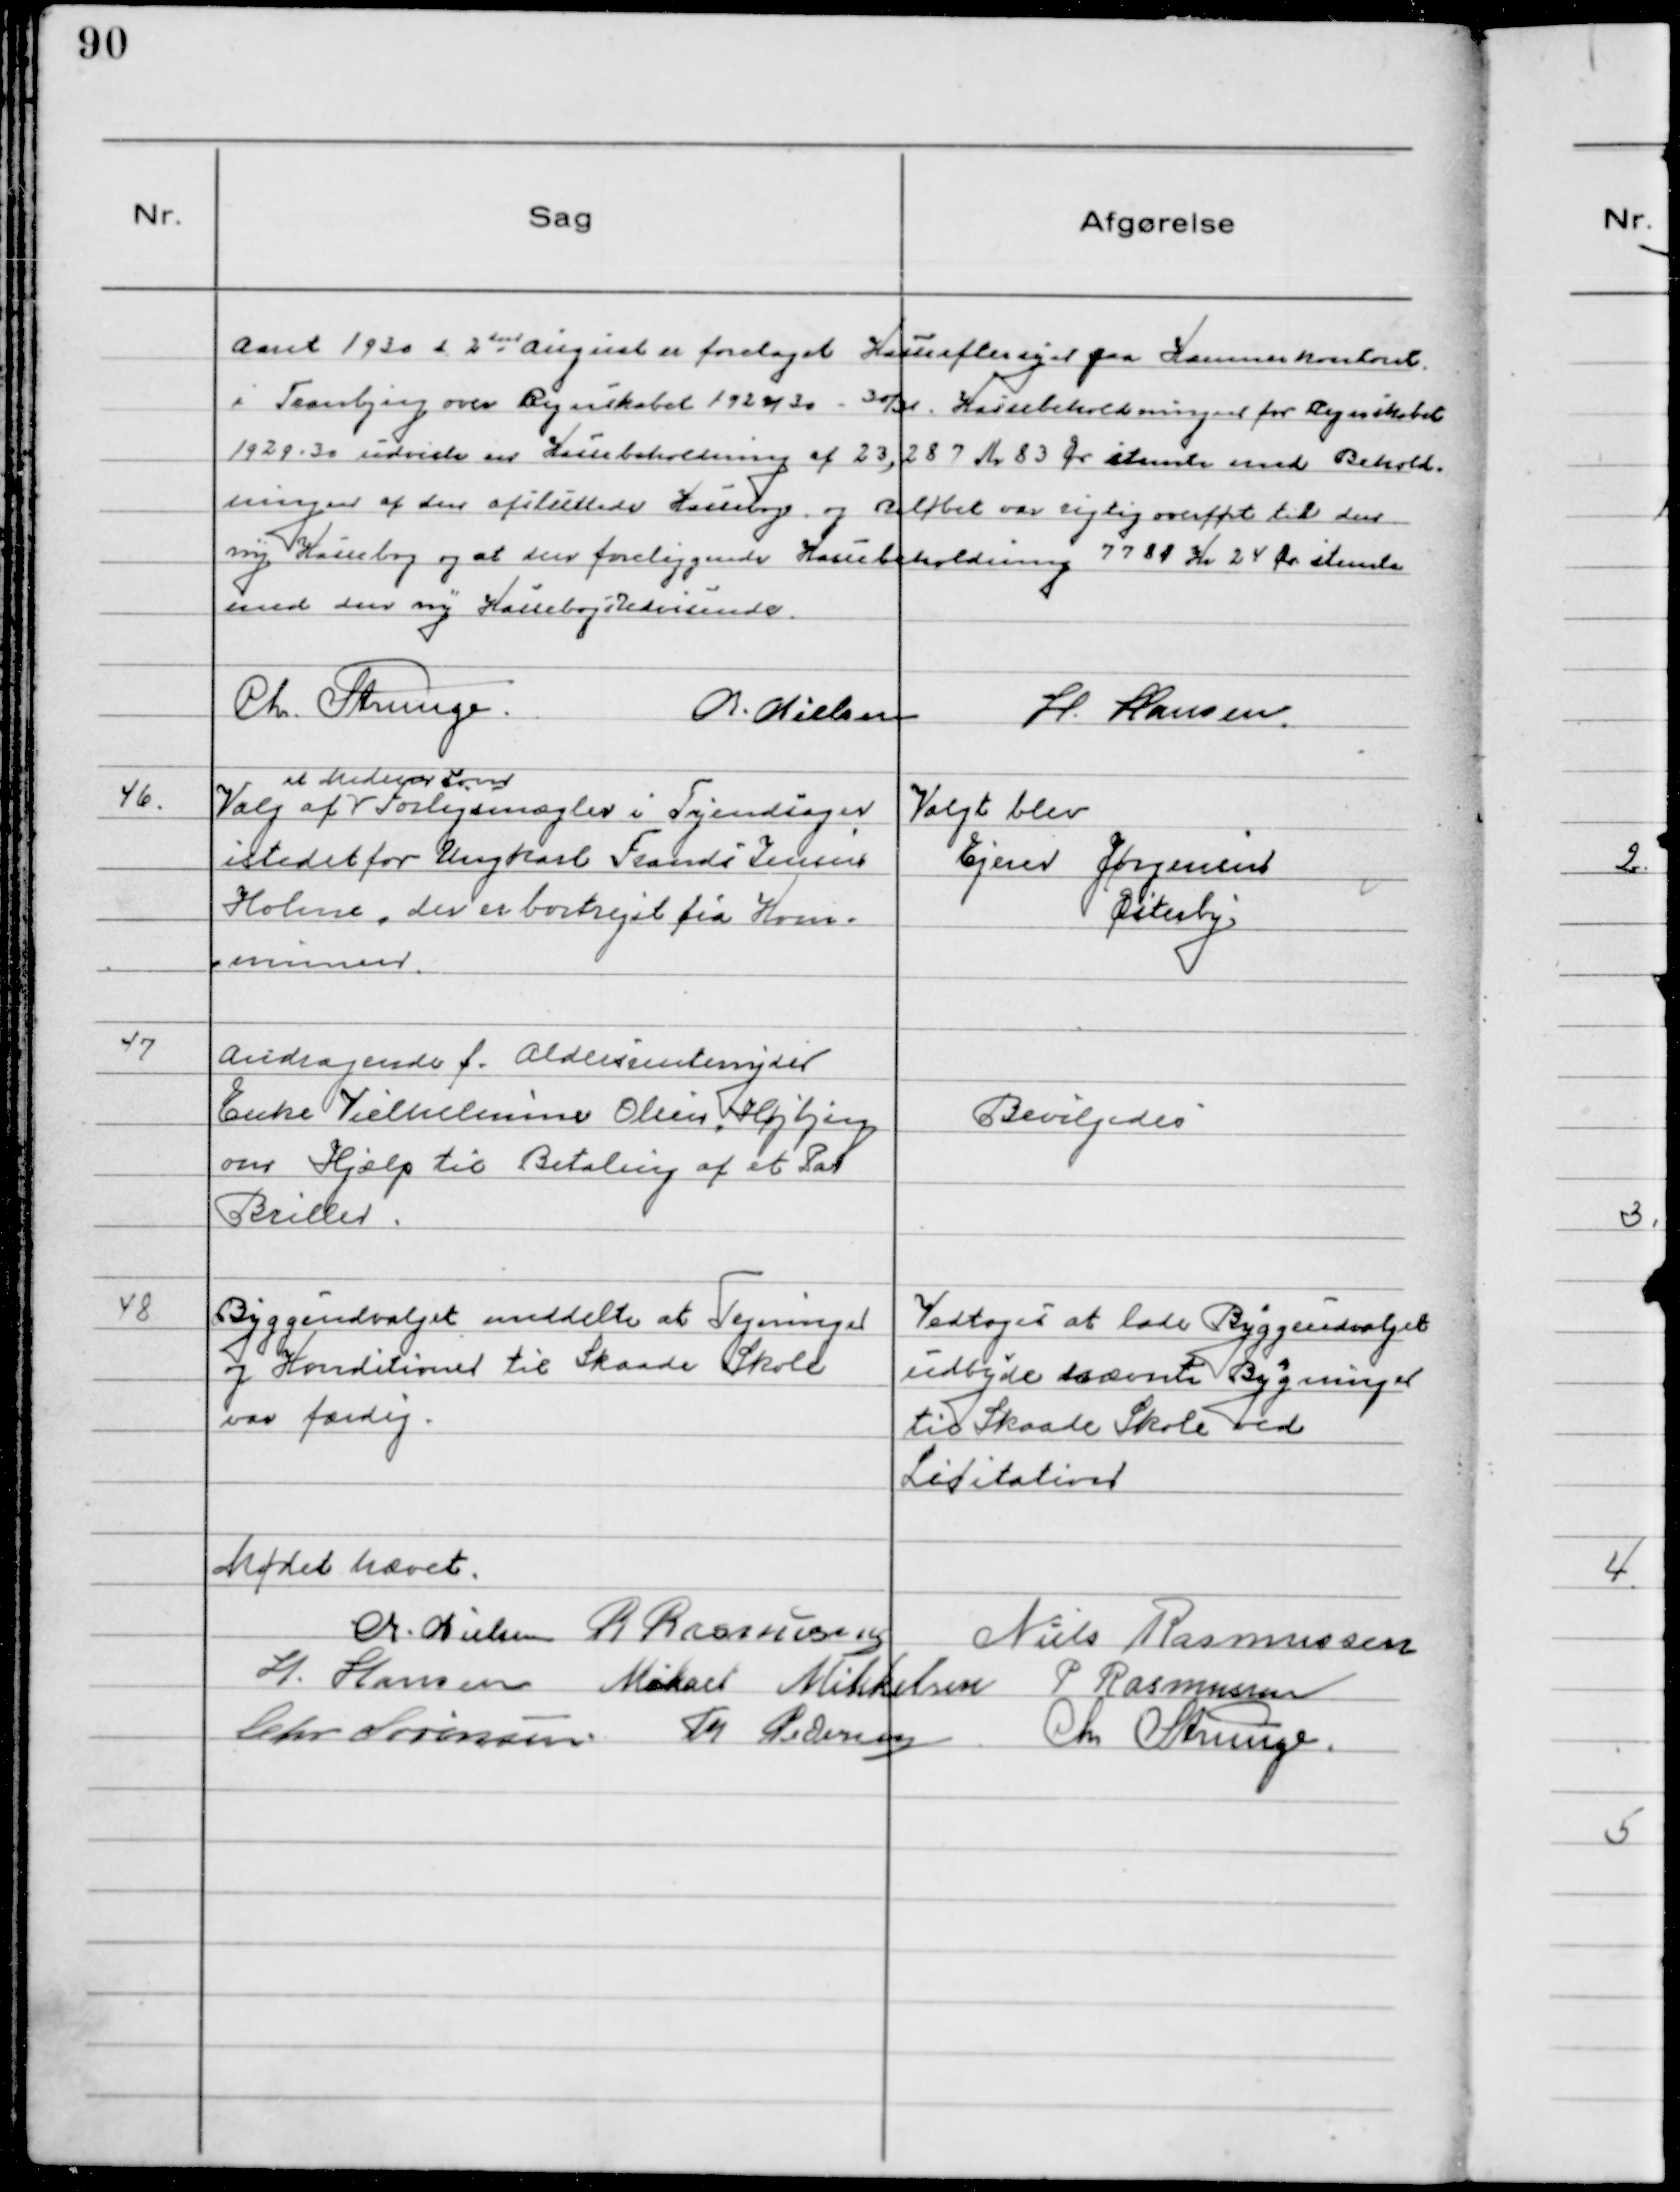
Transskription:
Aaret 1930 d 2den August er foretaget Kasseeftersyn paa Kommunekontoret
i Tranbjerg over Regnskab 1929/30 - 30/31. Kassebeholdningen for Regnskabet
1929 - 30 udviste en Kassebeholdning af 23,287 Kr 83 Ør stemte med Behold-
ningen af den afsluttede Kassebog, og Beløbet var rigtig overført til den
ny Kassebog og at den foreliggende Kassebeholdning 7781 Kr 24 Ør stemte
med den ny Kassebogs Udvisende.
Chr. Strunge. Chr. Nielsen H. Hansen.

46. Valg af
et Medlem som
Forligsmægler i Tyendsager
istedet for Ungkarl Frands Jensen
Holme, der er bortrejst fra Kom-
munen.

Valgt blev
Ejner Jørgensen
Østerby

47 Andragende f. Aldersrentenyder
Enke Vilhelmine Olsen, Højbjerg
om Hjælp til Betaling af et Par
Briller.

Bevilgedes

48 Byggeudvalget meddelte at Tegninger
af Konditioner til Skaade Skole
var færdig.

Vedtoges at lade Byggeudvalget
udbyde nævnte Bygninger
Til Skaade Skole ved
Licitation

Mødet hævet.
Chr. Nielsen R Rasmussen Niels Rasmussen
H. Hansen Mikael Mikkelsen P Rasmussen
Chr. Sørensen. Th Pedersen Chr Strunge.